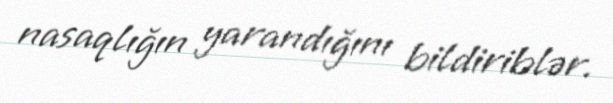
nasaqlığın yarandığını bildiriblər.